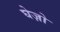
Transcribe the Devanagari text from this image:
घेज़ो